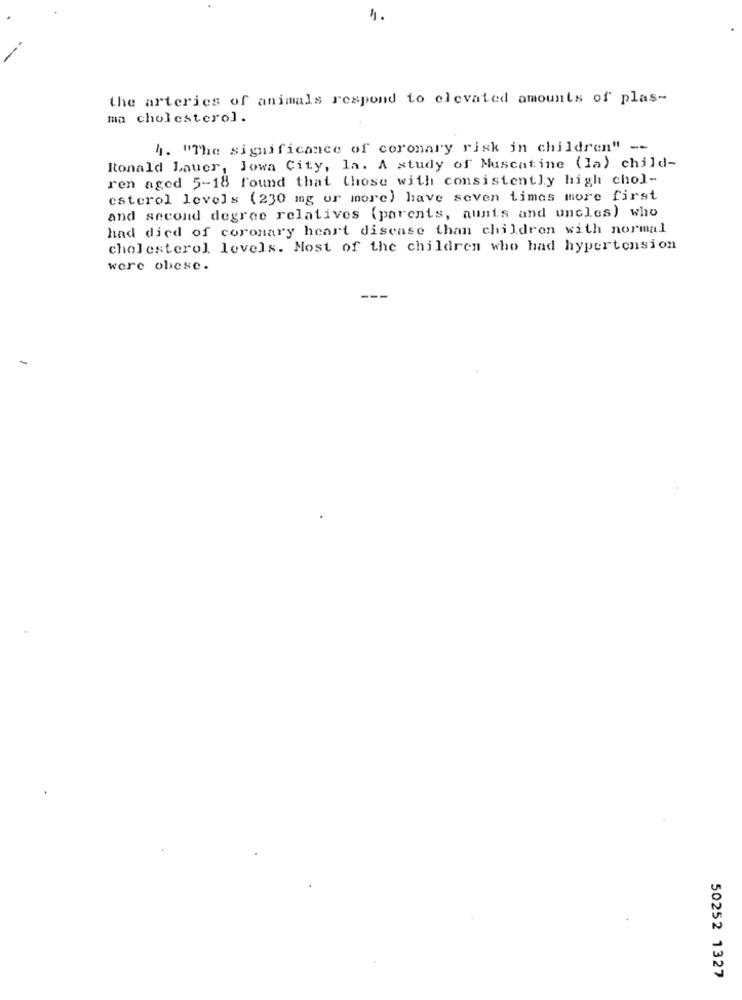
1.
the arteries of animals respond to elevated amounts of plas-
ma cholesterol.
4. "The significance of coronary risk in children" --
Itonald Lauer, Jowa City, la. A study of Muscatine (la) child-
ren aged 5-18 found that those with consistently high chol-
esterol levels (230 mg or more) have seven times more first
and second degree relatives (parents, aunts and uncles) who
had died of coronary heart disease than children with normal
cholesterol levels. Most of the children who had hypertension
were obese.
50252 1327